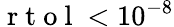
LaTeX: \mathrm{~r~t~o~l~}<10^{-8}